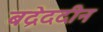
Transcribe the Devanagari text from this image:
बद्रेददीन